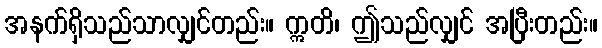
အနက်ရှိသည်သာလျှင်တည်း။ ဣတိ၊ ဤသည်လျှင် အပြီးတည်း။